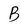
Character: B